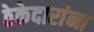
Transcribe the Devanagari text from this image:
ठेकेदारांना